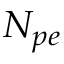
N _ { p e }